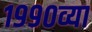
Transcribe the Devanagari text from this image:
१९९०व्या